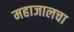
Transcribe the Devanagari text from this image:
महाजालचा